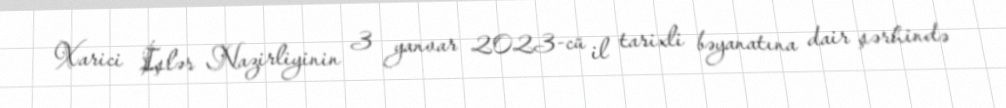
Xarici İşlər Nazirliyinin 3 yanvar 2023-cü il tarixli bəyanatına dair şərhində